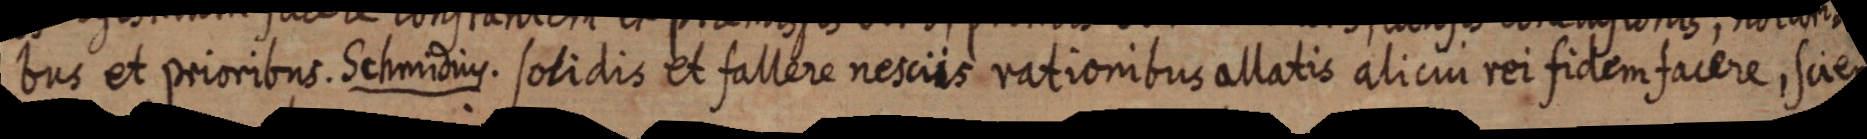
bus et prioribus. Schmidius. solidis et fallere nesciis rationibus allatis aliciui rei fidem facere, scien